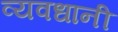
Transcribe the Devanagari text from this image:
व्यवधानी